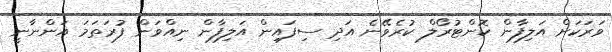
ވަރަކަށް އަލިފާން ކޮންޓުރޯލް ކުރެވޭނެ އަދި ސިފައިން އަލިފާން ނިއްވަން ފުރަތަމަ އަންނާނީ